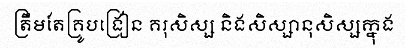
ត្រឹមតែគ្រូបង្រៀន គរុសិស្ស និងសិស្សានុសិស្សក្នុង